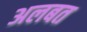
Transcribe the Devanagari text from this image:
अलबत